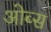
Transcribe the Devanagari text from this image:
ओब्स